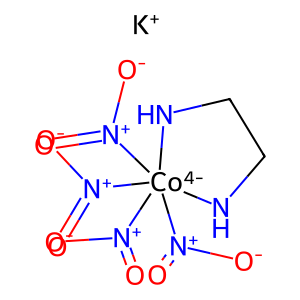
SMILES: O=[N+]([O-])[Co-4]1([N+](=O)[O-])([N+](=O)[O-])([N+](=O)[O-])NCCN1.[K+]
Inhibits HIV replication: No